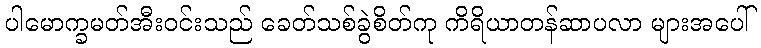
ပါမောက္ခမတ်အီးဝင်းသည် ခေတ်သစ်ခွဲစိတ်ကု ကိရိယာတန်ဆာပလာ များအပေါ်